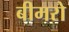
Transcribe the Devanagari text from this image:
बीमरो